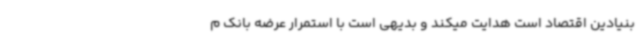
بنیادین اقتصاد است هدایت میکند و بدیهی است با استمرار عرضه بانک م